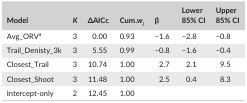
| Model | K | ΔAICc | Cum.wi | β | Lower 85% CI | Upper 85% CI |
 | --- | --- | --- | --- | --- | --- | --- |
 | Avg_ORVa | 3 | 0.00 | 0.93 | −1.6 | −2.8 | −0.8 |
 | Trail_Denisty_3k | 3 | 5.55 | 0.99 | −0.8 | −1.6 | −0.4 |
 | Closest_Trail | 3 | 10.74 | 1.00 | 2.7 | 2.1 | 9.5 |
 | Closest_Shoot | 3 | 11.48 | 1.00 | 2.5 | 0.4 | 8.3 |
 | Intercept‐only | 2 | 12.45 | 1.00 |  |  |  |